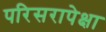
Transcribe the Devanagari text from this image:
परिसरापेक्षा